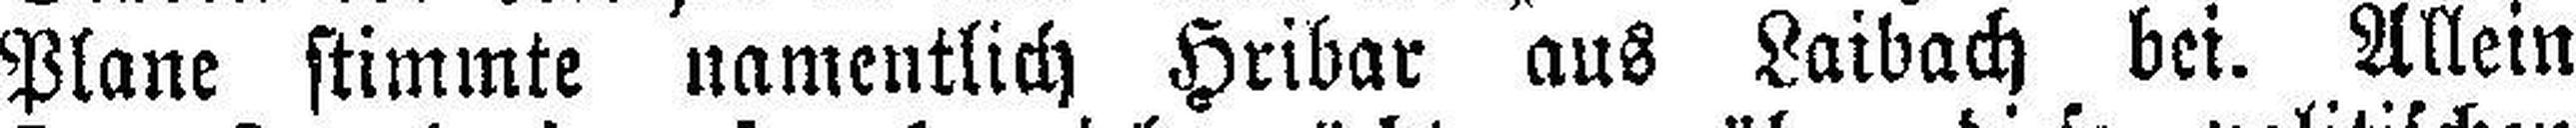
Plane stimmte namentlich Hribar aus Laibach bei. Allein